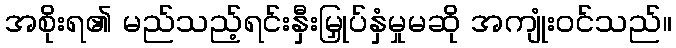
အစိုးရ၏ မည်သည့်ရင်းနှီးမြှုပ်နှံမှုမဆို အကျုံးဝင်သည်။